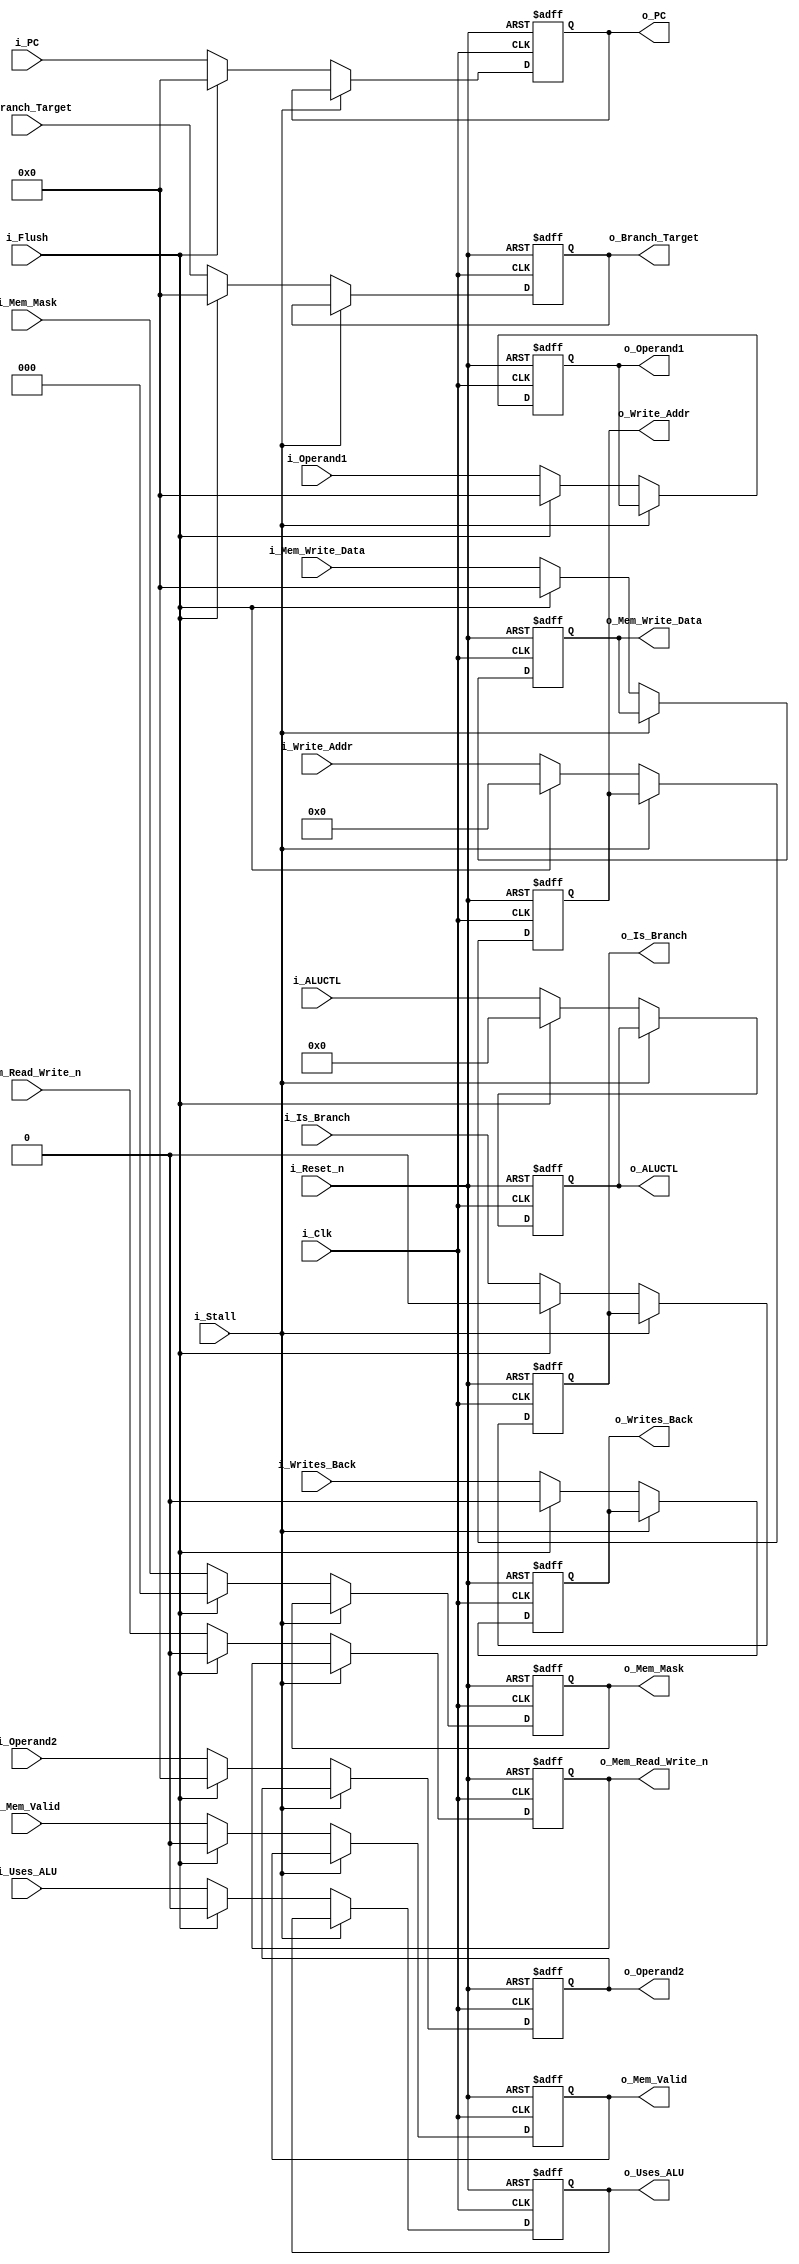
// Pipeline stage
module pipe_dec_ex	#(					
						parameter ADDRESS_WIDTH = 32,
						parameter DATA_WIDTH = 32,
						parameter REG_ADDR_WIDTH = 5,
						parameter ALU_CTLCODE_WIDTH = 8,
						parameter MEM_MASK_WIDTH = 3
					)							
					(	
						// Inputs
						input i_Clk,
						input i_Reset_n,	// Async reset (highest priority)
						input i_Flush,			// Flush (2nd highest priority)
						input i_Stall,		// Stall (lowest priority)
						
							// Pipe in/out
						input [ADDRESS_WIDTH-1:0] i_PC,
						output reg [ADDRESS_WIDTH-1:0] o_PC,
						input i_Uses_ALU,
						output reg o_Uses_ALU,
						input [ALU_CTLCODE_WIDTH-1:0] i_ALUCTL,
						output reg [ALU_CTLCODE_WIDTH-1:0] o_ALUCTL,
						input i_Is_Branch,
						output reg o_Is_Branch,
						input i_Mem_Valid,
						output reg o_Mem_Valid,
						input [MEM_MASK_WIDTH-1:0] i_Mem_Mask,
						output reg [MEM_MASK_WIDTH-1:0] o_Mem_Mask,
						input i_Mem_Read_Write_n,
						output reg o_Mem_Read_Write_n,
						input [DATA_WIDTH-1:0] i_Mem_Write_Data,
						output reg [DATA_WIDTH-1:0] o_Mem_Write_Data,
						input i_Writes_Back,
						output reg o_Writes_Back,
						input [REG_ADDR_WIDTH-1:0] i_Write_Addr,
						output reg [REG_ADDR_WIDTH-1:0] o_Write_Addr,
						input [DATA_WIDTH-1:0] i_Operand1,
						output reg [DATA_WIDTH-1:0] o_Operand1,
						input [DATA_WIDTH-1:0] i_Operand2,
						output reg [DATA_WIDTH-1:0] o_Operand2,
						input [ADDRESS_WIDTH-1:0] i_Branch_Target,
						output reg [ADDRESS_WIDTH-1:0] o_Branch_Target
					);
		
		// Asynchronous output driver
	always @(posedge i_Clk or negedge i_Reset_n)
	begin
		if( !i_Reset_n )
		begin
			// Initialize outputs to 0s
			o_PC <= 0;
			o_Uses_ALU <= 0;
			o_ALUCTL <= 0;
			o_Is_Branch <= 0;
			o_Mem_Valid <= 0;
			o_Mem_Read_Write_n <= 0;
			o_Writes_Back <= 0;
			o_Write_Addr <= 0;
			o_Operand1 <= 0;
			o_Operand2 <= 0;
			o_Branch_Target <= 0;
			o_Mem_Write_Data <= 0;
			o_Mem_Mask <= 0;
		end
		else
		begin
			if( !i_Stall )
			begin
				if( i_Flush )
				begin
					// Pass through all 0s
					o_PC <= 0;
					o_Uses_ALU <= 0;
					o_ALUCTL <= 0;
					o_Is_Branch <= 0;
					o_Mem_Valid <= 0;
					o_Mem_Read_Write_n <= 0;
					o_Writes_Back <= 0;
					o_Write_Addr <= 0;
					o_Operand1 <= 0;
					o_Operand2 <= 0;
					o_Branch_Target <= 0;
					o_Mem_Write_Data <= 0;
					o_Mem_Mask <= 0;
				end
				else
				begin
					// Pass through signals
					o_PC <= i_PC;
					o_Uses_ALU <= i_Uses_ALU;
					o_ALUCTL <= i_ALUCTL;
					o_Is_Branch <= i_Is_Branch;
					o_Mem_Valid <= i_Mem_Valid;
					o_Mem_Mask <= i_Mem_Mask;
					o_Mem_Read_Write_n <= i_Mem_Read_Write_n;
					o_Mem_Write_Data <= i_Mem_Write_Data;
					o_Writes_Back <= i_Writes_Back;
					o_Write_Addr <= i_Write_Addr;
					o_Operand1 <= i_Operand1;
					o_Operand2 <= i_Operand2;
					o_Branch_Target <= i_Branch_Target;
				end
			end
		end
	end
	
endmodule